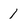
Character: 1